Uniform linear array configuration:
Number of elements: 64
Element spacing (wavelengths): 0.25
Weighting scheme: hamming
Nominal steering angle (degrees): -60
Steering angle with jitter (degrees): -61.152
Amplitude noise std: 0.05
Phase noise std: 0.05

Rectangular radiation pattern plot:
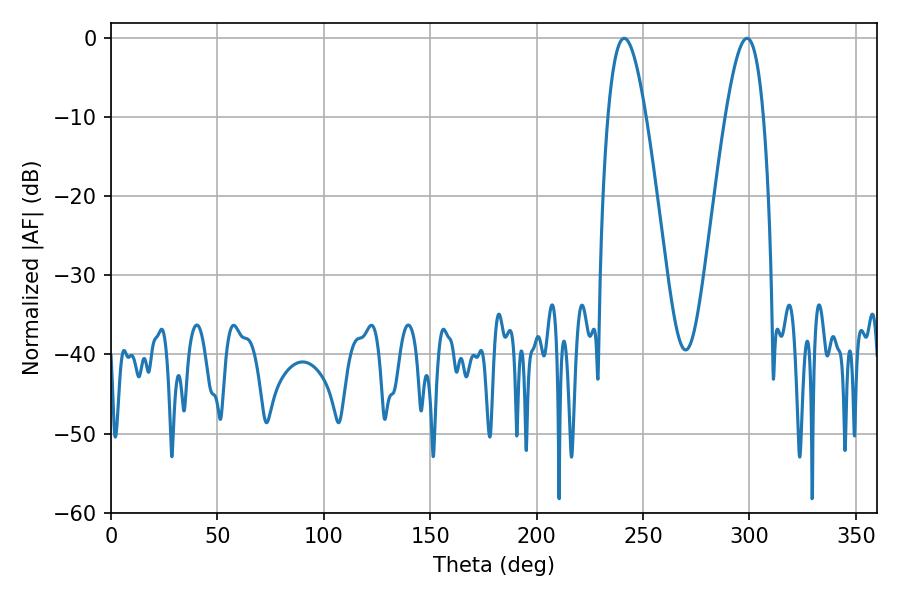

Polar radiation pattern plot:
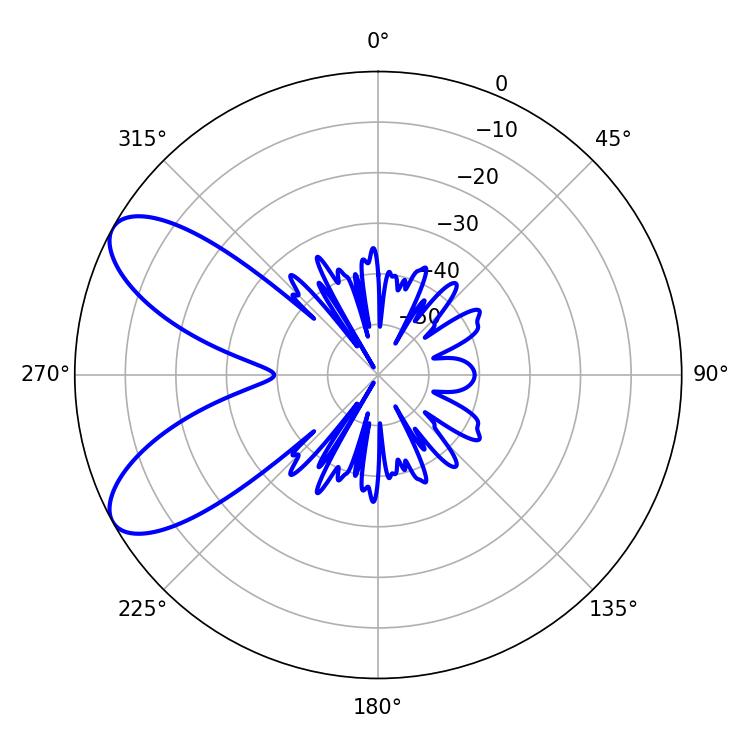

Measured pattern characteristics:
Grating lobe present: FALSE
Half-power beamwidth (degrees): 9.72
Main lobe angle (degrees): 298.8